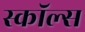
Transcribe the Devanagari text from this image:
स्कॉल्स